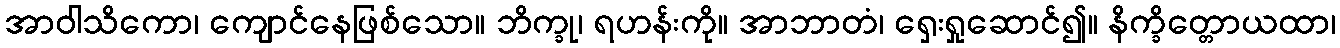
အာဝါသိကော၊ ကျောင်နေဖြစ်သော။ ဘိက္ခု၊ ရဟန်းကို။ အာဘာတံ၊ ရှေးရှုဆောင်၍။ နိက္ခိတ္တောယထာ၊